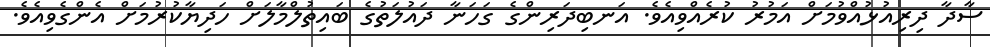
ސާދާ ދިރިއުޅުއްވުމަށް އަމުރު ކުރެއްވިއެވެ. އަނބިދަރިންގެ ގަހަނާ ދައުލަތުގެ ބައިތުލްމާލަށް ހަދިޔާކުރުމަށް އެންގެވިއެވެ.